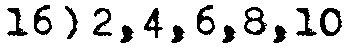
16) 2,4,6,8,10